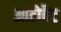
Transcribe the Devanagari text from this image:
आटोबैट